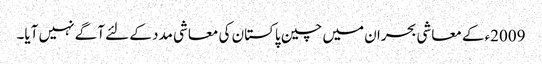
2009ءکے معاشی بحران میں چین پاکستان کی معاشی مدد کے لئے آگے نہیں آیا۔